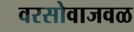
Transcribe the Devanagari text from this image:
वरसोवाजवळ